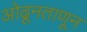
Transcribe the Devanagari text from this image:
ओढूनताणून